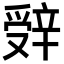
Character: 辤